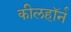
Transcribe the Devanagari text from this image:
कीलहॉर्न